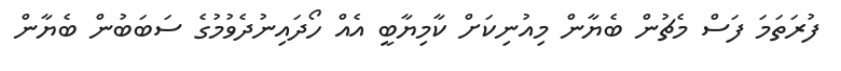
ފުރަތަމަ ފަސް މެޗުން ބެޔާން މިއުނިކަށް ކާމިޔާބީ އެއް ހޯދައިނުދެވުމުގެ ސަބަބުން ބެޔާން